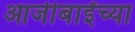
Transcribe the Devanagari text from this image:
आजीबाईंच्या